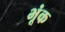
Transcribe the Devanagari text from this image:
भूंक